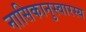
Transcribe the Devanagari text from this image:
नासिकानुस्वारस्य